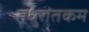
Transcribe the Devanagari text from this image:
मधुरांतकम